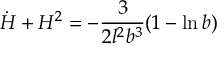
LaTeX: \dot { H } + H ^ { 2 } = - \frac { 3 } { 2 l ^ { 2 } b ^ { 3 } } ( 1 - \ln b )